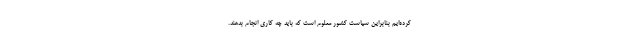
کرده‌ایم بنابراین سیاست کشور معلوم است که باید چه کاری انجام بدهند.